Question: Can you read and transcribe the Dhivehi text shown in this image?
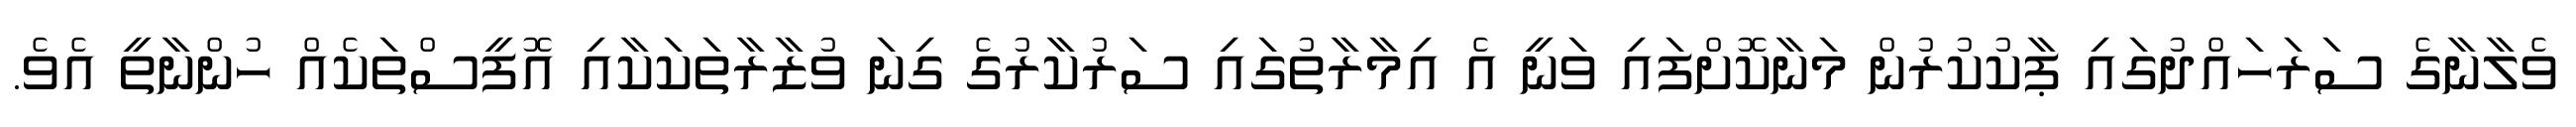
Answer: ވެލާނާގެ ސަރަހައްދުގައި ޕާކުކުރުން މަނާކޮށްފައި ވަނީ އެ އިމާރާތުގައި ސަރުކާރުގެ ގިނަ ވުޒާރާތަކަކާއި އޮފީސްތަކެއް ހުންނާތީ އެވެ.